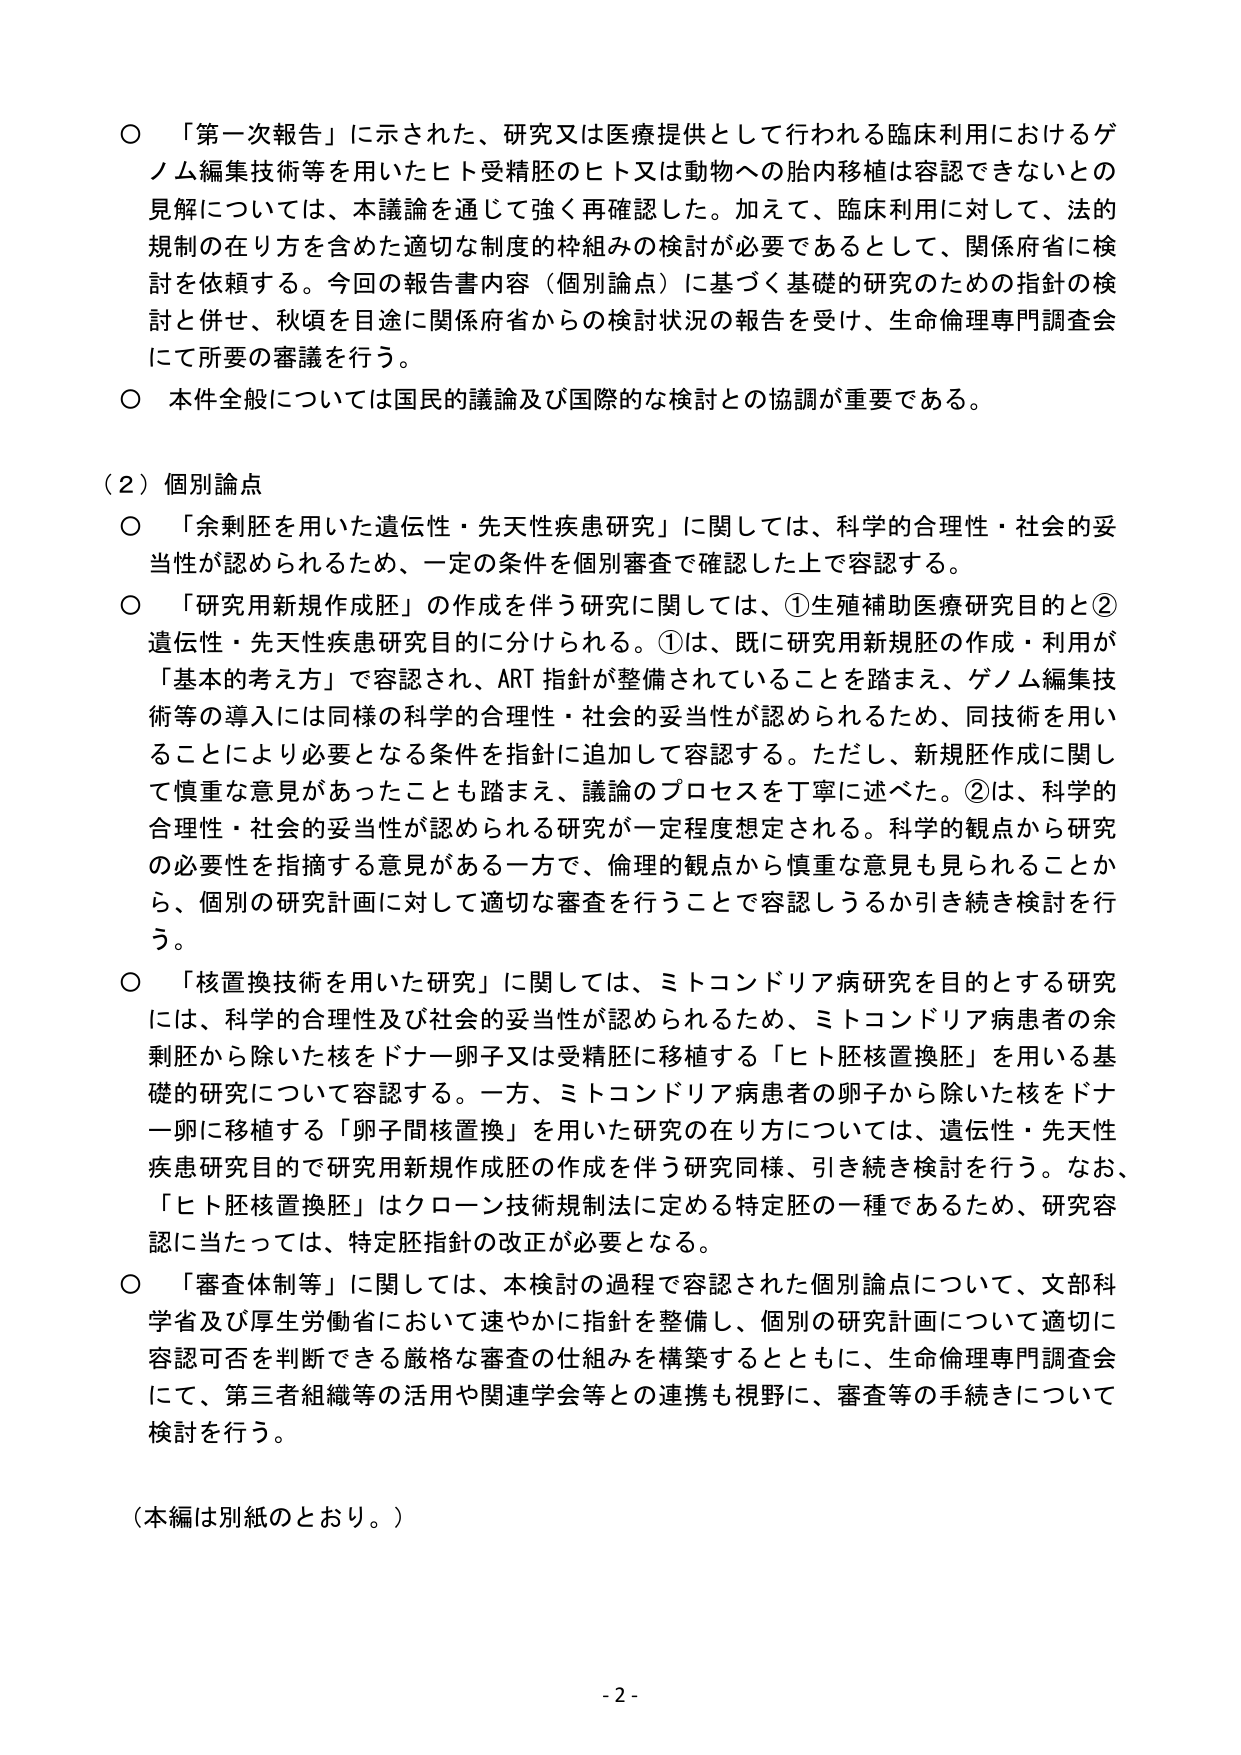
○ 「第一次報告」に示された、研究又は医療提供として行われる臨床利用におけるゲノム編集技術等を用いたヒト受精胚のヒト又は動物への胎内移植は容認できないとの見解については、本議論を通じて強く再確認した。加えて、臨床利用に対して、法的規制の在り方を含めた適切な制度の枠組みの検討が必要であるとして、関係府省に検討を依頼する。今回の報告書内容（個別論点）に基づく基礎的研究のための指針の検討と併せ、秋頃を目途に関係府省からの検討状況の報告を受け、生命倫理専門調査会にて所要の審議を行う。

○ 本件全般については国民的議論及び国際的な検討との協調が重要である。

（２）個別論点

○ 「余剰胚を用いた遺伝性・先天性疾患研究」に関しては、科学的合理性・社会的妥当性が認められるため、一定の条件を個別審査で確認した上で容認する。

○ 「研究用新規作成胚」の作成を伴う研究に関しては、①生殖補助医療研究目的と②遺伝性・先天性疾患研究目的に分けられる。①は、既に研究用新規胚の作成・利用が「基本的考え方」で容認され、ART指針が整備されていることを踏まえ、ゲノム編集技術等の導入には同様の科学的合理性・社会的妥当性が認められるため、同技術を用いることにより必要となる条件を指針に追加して容認する。ただし、新規胚作成に関して慎重な意見があったことも踏まえ、議論のプロセスを丁寧に述べた。②は、科学的合理性・社会的妥当性が認められる研究が一定程度想定される。科学的観点から研究の必要性を指摘する意見がある一方で、倫理的観点から慎重な意見も見られることから、個別の研究計画に対して適切な審査を行うことで容認しうるか引き続き検討を行う。

○ 「核置換技術を用いた研究」に関しては、ミトコンドリア病研究を目的とする研究には、科学的合理性及び社会的妥当性が認められるため、ミトコンドリア病患者の余剰胚から除いた核をドナー卵子又は受精胚に移植する「ヒト胚核置換胚」を用いる基礎的研究について容認する。一方、ミトコンドリア病患者の卵子から除いた核をドナー卵に移植する「卵子間核置換」を用いた研究の在り方については、遺伝性・先天性疾患研究目的で研究用新規作成胚の作成を伴う研究同様、引き続き検討を行う。なお、「ヒト胚核置換胚」はクローン技術規制法に定める特定胚の一種であるため、研究容認に当たっては、特定胚指針の改正が必要となる。

○ 「審査体制等」に関しては、本検討の過程で容認された個別論点について、文部科学省及び厚生労働省において速やかに指針を整備し、個別の研究計画について適切に容認可否を判断できる厳格な審査の仕組みを構築するとともに、生命倫理専門調査会にて、第三者組織等の活用や関連学会等との連携も視野に、審査等の手続きについて検討を行う。

（本編は別紙のとおり。）

- 2 -